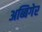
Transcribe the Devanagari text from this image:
अब्बिगेर